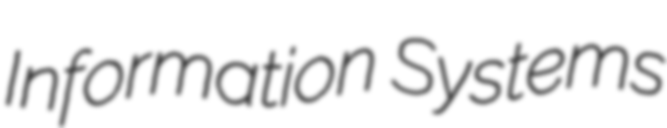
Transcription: Information Systems